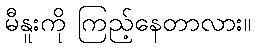
မီနူးကို ကြည့်နေတာလား။